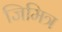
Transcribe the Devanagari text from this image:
जिमित्र